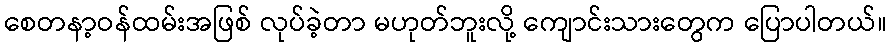
စေတနာ့ဝန်ထမ်းအဖြစ် လုပ်ခဲ့တာ မဟုတ်ဘူးလို့ ကျောင်းသားတွေက ပြောပါတယ်။